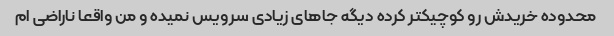
محدوده خریدش رو کوچیکتر کرده دیگه جاهای زیادی سرویس نمیده و من واقعا ناراضی ام